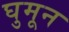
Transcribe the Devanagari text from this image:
घुमून